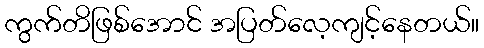
ကွက်တိဖြစ်အောင် အပြတ်လေ့ကျင့်နေတယ်။